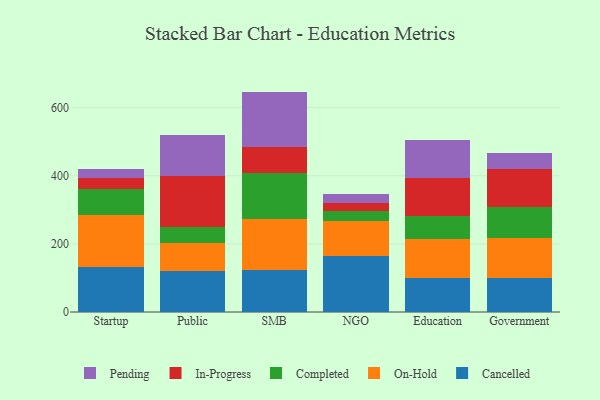
{"axis": {"x": "Segment", "y": "Conversion Rate (%)"}, "legend": ["Cancelled", "Completed", "In-Progress", "On-Hold", "Pending"], "data": [{"x": "Startup", "y": 131.0, "type": "Cancelled"}, {"x": "Startup", "y": 154.1, "type": "On-Hold"}, {"x": "Startup", "y": 75.8, "type": "Completed"}, {"x": "Startup", "y": 33.4, "type": "In-Progress"}, {"x": "Startup", "y": 24.5, "type": "Pending"}, {"x": "Public", "y": 120.0, "type": "Cancelled"}, {"x": "Public", "y": 83.9, "type": "On-Hold"}, {"x": "Public", "y": 46.6, "type": "Completed"}, {"x": "Public", "y": 150.1, "type": "In-Progress"}, {"x": "Public", "y": 118.8, "type": "Pending"}, {"x": "SMB", "y": 122.4, "type": "Cancelled"}, {"x": "SMB", "y": 152.1, "type": "On-Hold"}, {"x": "SMB", "y": 132.9, "type": "Completed"}, {"x": "SMB", "y": 76.0, "type": "In-Progress"}, {"x": "SMB", "y": 163.9, "type": "Pending"}, {"x": "NGO", "y": 164.7, "type": "Cancelled"}, {"x": "NGO", "y": 101.7, "type": "On-Hold"}, {"x": "NGO", "y": 29.2, "type": "Completed"}, {"x": "NGO", "y": 23.4, "type": "In-Progress"}, {"x": "NGO", "y": 26.7, "type": "Pending"}, {"x": "Education", "y": 99.3, "type": "Cancelled"}, {"x": "Education", "y": 113.8, "type": "On-Hold"}, {"x": "Education", "y": 67.5, "type": "Completed"}, {"x": "Education", "y": 111.8, "type": "In-Progress"}, {"x": "Education", "y": 111.8, "type": "Pending"}, {"x": "Government", "y": 101.3, "type": "Cancelled"}, {"x": "Government", "y": 116.8, "type": "On-Hold"}, {"x": "Government", "y": 89.2, "type": "Completed"}, {"x": "Government", "y": 113.1, "type": "In-Progress"}, {"x": "Government", "y": 45.4, "type": "Pending"}]}